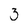
Character: 3